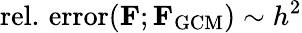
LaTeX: \mathrm{rel.\, error}(\mathbf{F};\mathbf{F}_{\mathrm{GCM}})\sim h^{2}